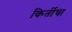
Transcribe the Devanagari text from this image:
किर्तीचा